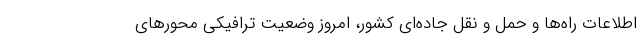
اطلاعات راه‌ها و حمل و نقل جاده‌ای کشور، امروز وضعیت ترافیکی محور‌های